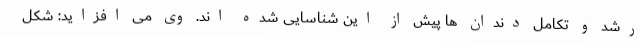
رشد و تکامل دندان ها پیش از این شناسایی شده اند. وی می افزاید: شکل